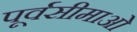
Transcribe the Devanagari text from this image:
पूर्वसीमाओं